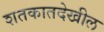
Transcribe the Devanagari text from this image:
शतकातदेखील